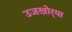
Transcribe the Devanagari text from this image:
उजखोर्‍या